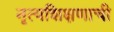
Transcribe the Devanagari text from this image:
नृत्यशिक्षणाची